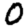
Digit: 0